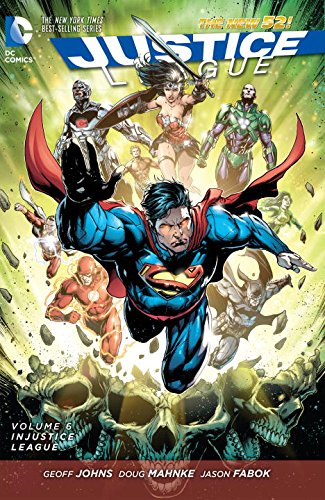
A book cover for Justice League Vol. 6: Injustice League (The New 52) (Jla (Justice League of America)); Geoff Johns; Comics & Graphic Novels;